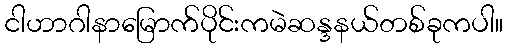
ငါဟာဂါနာမြောက်ပိုင်းကမဲဆန္ဒနယ်တစ်ခုကပါ။